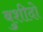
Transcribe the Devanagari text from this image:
बुशीदो